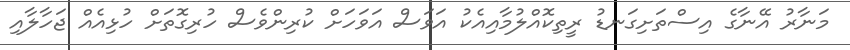
މަނާރު އޭނާގެ އިސްތަށިގަނޑު ރީތިކޮއްލުމާއިއެކު އަވަސް އަވަހަށް ކުރިންވެސް ހުރިގޮތަށް ހުޅިއެއް ޖަހާލާއި